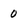
Character: 0